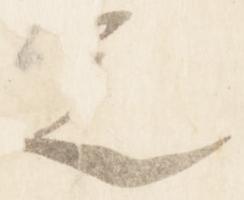
定